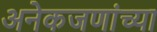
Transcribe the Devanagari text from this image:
अनेकजणांच्या